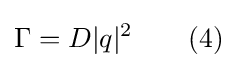
\Gamma =D|q|^{2}\qquad (4)